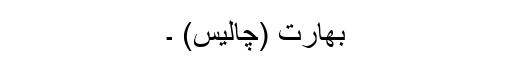
بھارت (چالیس) ۔